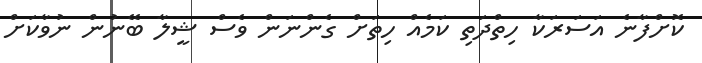
ކޮށްފާނެ އަސަރަކާ ހިތްދަތި ކަމެއް ހިތަށް ގެންނަން ވެސް ޝީލާ ބޭނުން ނުވާކަށް